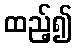
ထည့်၍